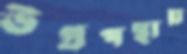
উগ্রপন্থায়